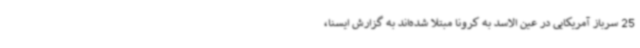
25 سرباز آمریکایی در عین الاسد به کرونا مبتلا شده‌اند به گزارش ایسنا،